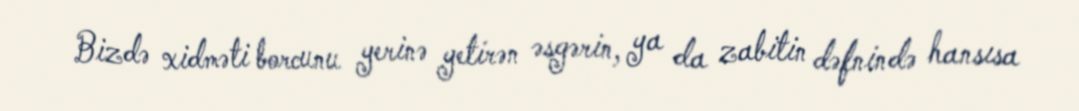
Bizdə xidməti borcunu yerinə yetirən əsgərin, ya da zabitin dəfnində hansısa